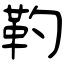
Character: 靮